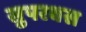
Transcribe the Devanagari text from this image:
सुपरबस